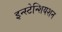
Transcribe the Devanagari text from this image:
इन्स्टेन्शियशन